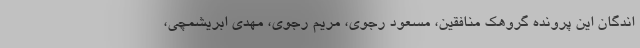
اندگان این پرونده گروهک منافقین، مسعود رجوی، مریم رجوی، مهدی ابریشمچی،